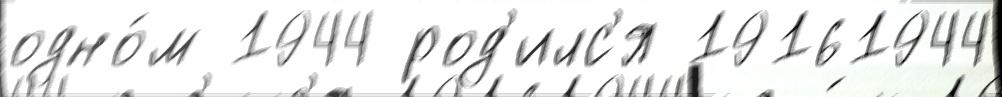
одно́м 1944 род'илс'я 19161944